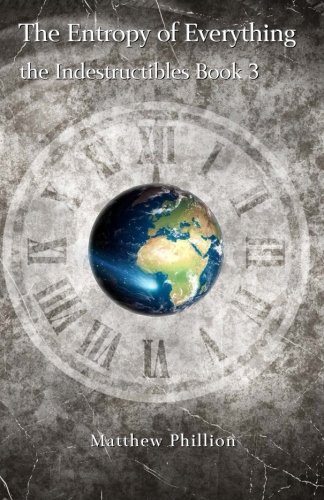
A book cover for The Entropy of Everything: The Indestructibles Book 3 (Volume 3); Matthew Phillion; Science Fiction & Fantasy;